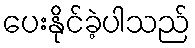
ပေးနိုင်ခဲ့ပါသည်